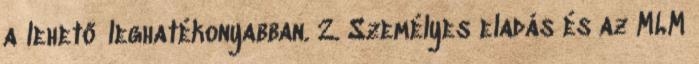
a lehető leghatékonyabban. 2. Személyes eladás és az MLM